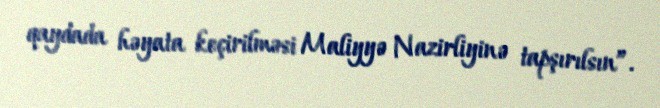
qaydada həyata keçirilməsi Maliyyə Nazirliyinə tapşırılsın”.